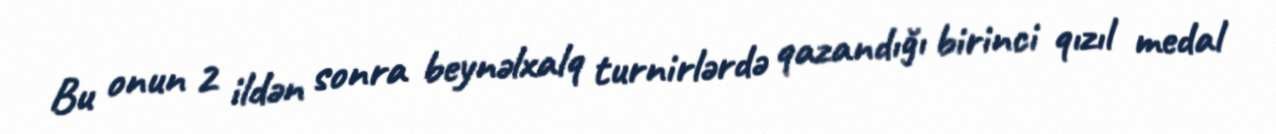
Bu onun 2 ildən sonra beynəlxalq turnirlərdə qazandığı birinci qızıl medal